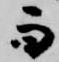
而